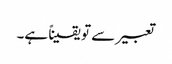
تعبیر سے تو یقیناً ہے۔